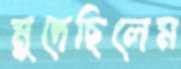
মুদেছিলেম